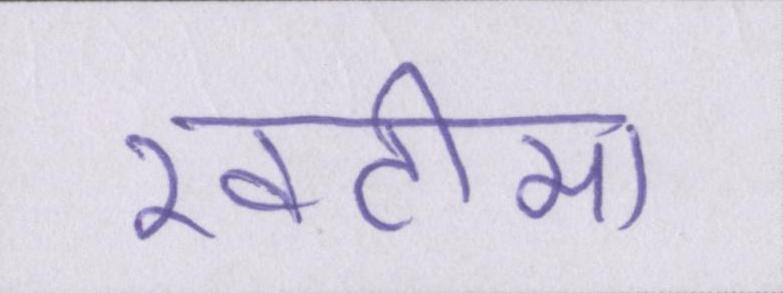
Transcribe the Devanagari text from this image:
खटीमा